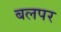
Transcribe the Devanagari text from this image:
बलपर